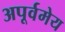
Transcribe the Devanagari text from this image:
अपूर्वमेय